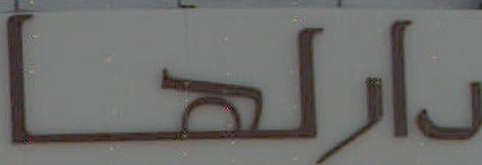
دارلها